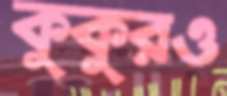
কুকুরও